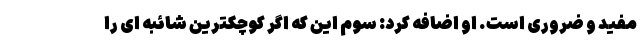
مفید و ضروری است. او اضافه کرد: سوم این که اگر کوچکترین شائبه ای را